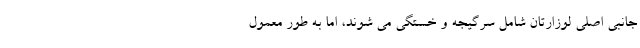
جانبی اصلی لوزارتان شامل سرگیجه و خستگی می شوند، اما به طور معمول